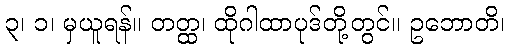
၃၊ ၁၊ မှယူရန်။ တတ္ထ၊ ထိုဂါထာပုဒ်တို့တွင်။ ဥဘောတိ၊